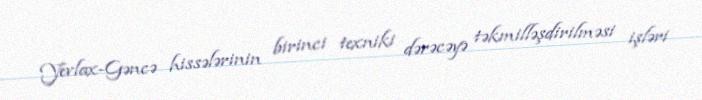
Yevlax-Gəncə hissələrinin birinci texniki dərəcəyə təkmilləşdirilməsi işləri